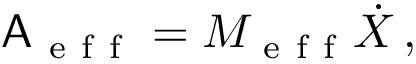
\mathsf { A } _ { \mathrm { ~ e ~ f ~ f ~ } } = M _ { \mathrm { ~ e ~ f ~ f ~ } } \dot { X } \, ,